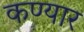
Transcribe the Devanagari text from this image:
कण्यार